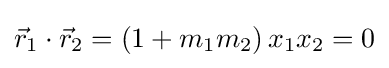
{\vec {r}}_{1}\cdot {\vec {r}}_{2}=\left(1+m_{1}m_{2}\right)x_{1}x_{2}=0